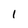
Character: l